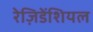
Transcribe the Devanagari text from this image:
रेज़िडेंशियल